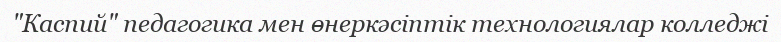
"Каспий" педагогика мен өнеркәсіптік технологиялар колледжі